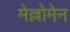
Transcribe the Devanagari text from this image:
मेल्लोमेन